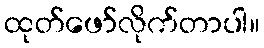
ထုတ်ဖော်လိုက်တာပါ။